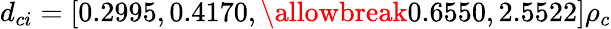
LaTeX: d_{ci}=[0.2995,0.4170,\allowbreak 0.6550,2.5522]\rho_{c}